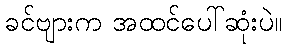
ခင်ဗျားက အထင်ပေါ်ဆုံးပဲ။